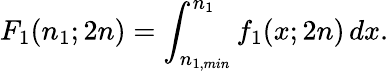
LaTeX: F_{1}(n_{1};2n)=\int_{n_{1,min}}^{n_{1}}f_{1}(x;2n)\, dx.